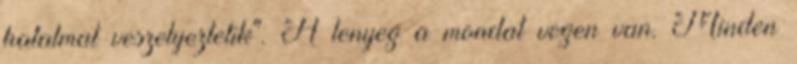
hatalmat veszelyeztetik". A lenyeg a mondat vegen van. Minden